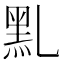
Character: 䵝